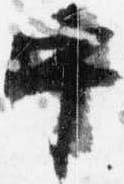
中